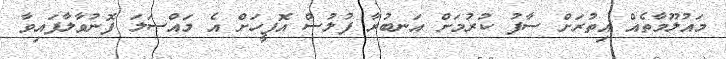
މައުލޫމާތެއް އިތުރަށް ސާފު ކުރުމަށް އަނބުރާ ފުލުސް އޮފީހަށް އެ މައްސަލަ ފޮނުވާލާފައިވާ